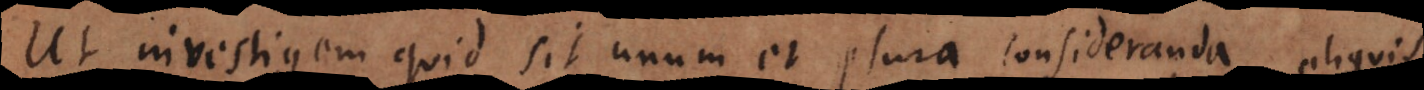
Ut investigem quid sit unum et plura consideranda